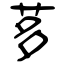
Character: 茤